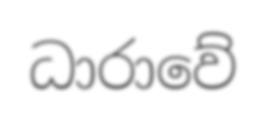
ධාරාවේ